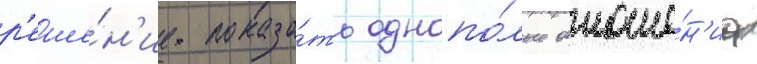
р'еше́н'ие показа́ть однопо́лые отноше́н'иа